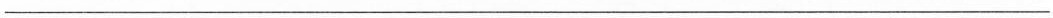
___